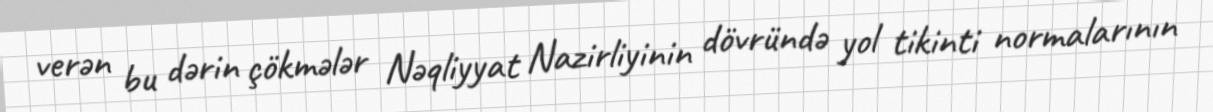
verən bu dərin çökmələr Nəqliyyat Nazirliyinin dövründə yol tikinti normalarının